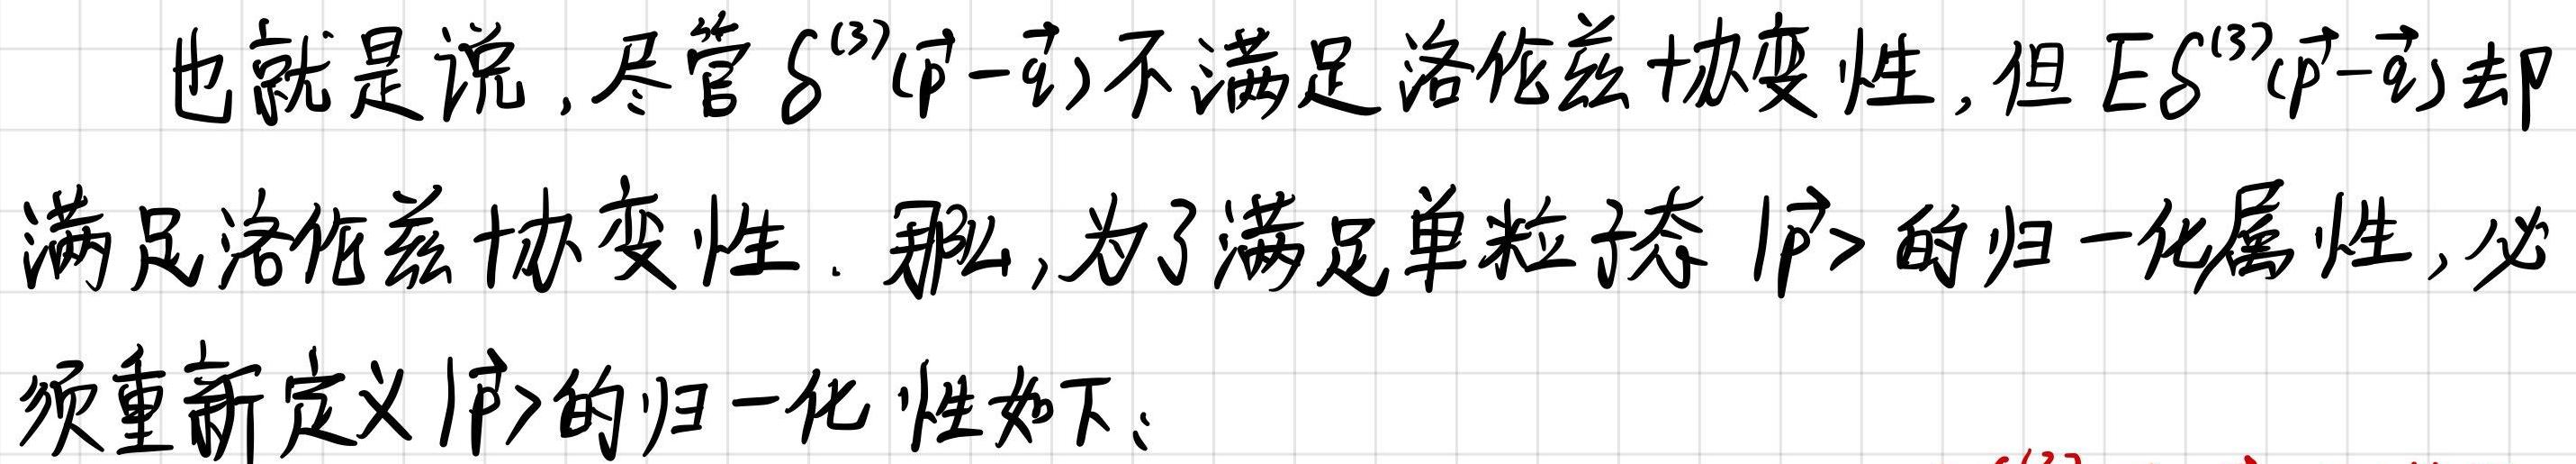
也就是说, 尽管 $\delta^{(3)}(\vec{p}-\vec{p}')$ 不满足洛伦兹协变性, 但 $E\delta^{(3)}(\vec{p}-\vec{p}')$ 却满足洛伦兹协变性. 那么, 为了满足单粒子态 $|\vec{p}\rangle$ 的归一化属性, 必须重新定义 $|\vec{p}\rangle$ 的归一化性如下: